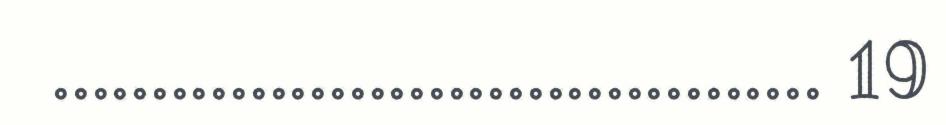
....................................... 19